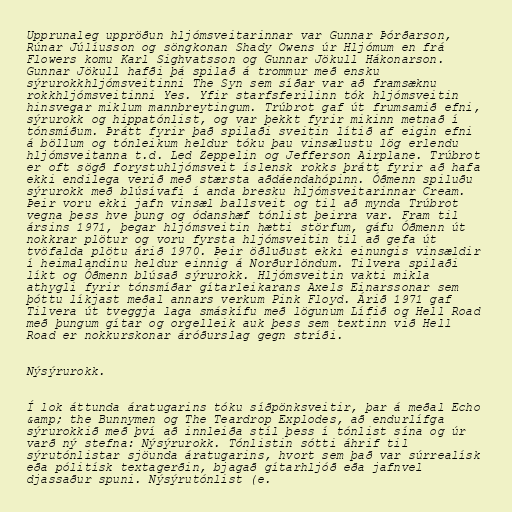
Upprunaleg uppröðun hljómsveitarinnar var Gunnar Þórðarson,
Rúnar Júlíusson og söngkonan Shady Owens úr Hljómum en frá
Flowers komu Karl Sighvatsson og Gunnar Jökull Hákonarson.
Gunnar Jökull hafði þá spilað á trommur með ensku
sýrurokkhljómsveitinni The Syn sem síðar var að framsæknu
rokkhljómsveitinni Yes. Yfir starfsferilinn tók hljómsveitin
hinsvegar miklum mannbreytingum. Trúbrot gaf út frumsamið efni,
sýrurokk og hippatónlist, og var þekkt fyrir mikinn metnað í
tónsmíðum. Þrátt fyrir það spilaði sveitin lítið af eigin efni
á böllum og tónleikum heldur tóku þau vinsælustu lög erlendu
hljómsveitanna t.d. Led Zeppelin og Jefferson Airplane. Trúbrot
er oft sögð forystuhljómsveit íslensk rokks þrátt fyrir að hafa
ekki endilega verið með stærsta aðdáendahópinn. Óðmenn spiluðu
sýrurokk með blúsívafi í anda bresku hljómsveitarinnar Cream.
Þeir voru ekki jafn vinsæl ballsveit og til að mynda Trúbrot
vegna þess hve þung og ódanshæf tónlist þeirra var. Fram til
ársins 1971, þegar hljómsveitin hætti störfum, gáfu Óðmenn út
nokkrar plötur og voru fyrsta hljómsveitin til að gefa út
tvöfalda plötu árið 1970. Þeir öðluðust ekki einungis vinsældir
í heimalandinu heldur einnig á Norðurlöndum. Tilvera spilaði
líkt og Óðmenn blúsað sýrurokk. Hljómsveitin vakti mikla
athygli fyrir tónsmíðar gítarleikarans Axels Einarssonar sem
þóttu líkjast meðal annars verkum Pink Floyd. Árið 1971 gaf
Tilvera út tveggja laga smáskífu með lögunum Lífið og Hell Road
með þungum gítar og orgelleik auk þess sem textinn við Hell
Road er nokkurskonar áróðurslag gegn stríði.

Nýsýrurokk.

Í lok áttunda áratugarins tóku síðpönksveitir, þar á meðal Echo
&amp; the Bunnymen og The Teardrop Explodes, að endurlífga
sýrurokkið með því að innleiða stíl þess í tónlist sína og úr
varð ný stefna: Nýsýrurokk. Tónlistin sótti áhrif til
sýrutónlistar sjöunda áratugarins, hvort sem það var súrrealísk
eða pólitísk textagerðin, bjagað gítarhljóð eða jafnvel
djassaður spuni. Nýsýrutónlist (e.